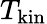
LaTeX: T_{\mathrm{kin}}